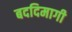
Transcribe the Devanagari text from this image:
बददिमागी